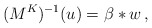
\begin{align*}(M^K)^{-1} (u )=\beta *w\, ,\end{align*}